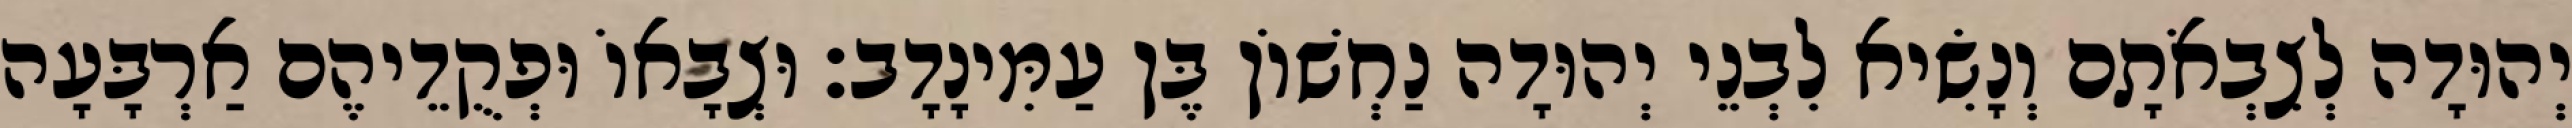
יְהוּדָה לְצִבְאֹתָם וְנָשִׂיא לִבְנֵי יְהוּדָה נַחְשׁוֹן בֶּן עַמִּינָדָב׃ וּצְבָאוֹ וּפְקֻדֵיהֶם אַרְבָּעָה